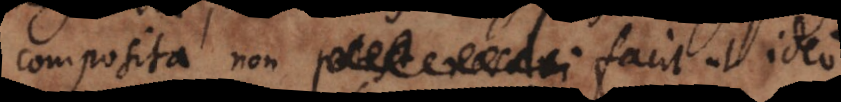
composita non facit ut ideo